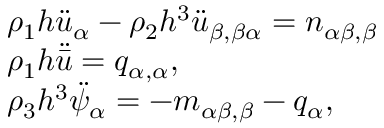
\begin{array} { r l } & { \rho _ { 1 } h \ddot { u } _ { \alpha } - \rho _ { 2 } h ^ { 3 } \ddot { u } _ { \beta , \beta \alpha } = n _ { \alpha \beta , \beta } } \\ & { \rho _ { 1 } h \ddot { \bar { u } } = q _ { \alpha , \alpha } , } \\ & { \rho _ { 3 } h ^ { 3 } \ddot { \psi } _ { \alpha } = - m _ { \alpha \beta , \beta } - q _ { \alpha } , } \end{array}